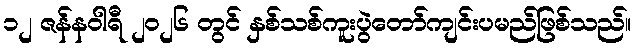
၁၂ ဇန်နဝါရီ ၂၀၂၆ တွင် နှစ်သစ်ကူးပွဲတော်ကျင်းပမည်ဖြစ်သည်။